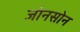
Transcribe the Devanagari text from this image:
जोनसोन